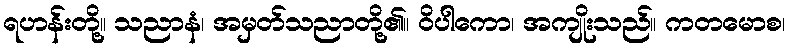
ရဟန်းတို့။ သညာနံ၊ အမှတ်သညာတို့၏။ ဝိပါကော၊ အကျိုးသည်။ ကတမောစ၊